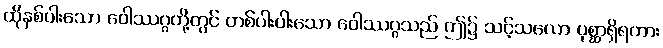
ထိုနှစ်ပါးသော ဝေါဿဂ္ဂတို့တွင် တစ်ပါးပါးသော ဝေါဿဂ္ဂသည် ဤ၌ သင့်သလော ပုစ္ဆာရှိရကား